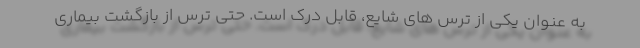
به عنوان یکی از ترس های شایع، قابل درک است. حتی ترس از بازگشت بیماری